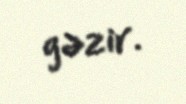
gəzir.